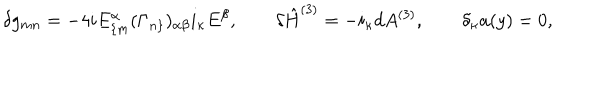
LaTeX: \delta g _ { m n } = - 4 i E _ { \{ m } ^ { \alpha } ( \Gamma _ { n \} } ) _ { \alpha \beta } i _ { \kappa } E ^ { \beta } , \qquad \delta \hat { H } ^ { ( 3 ) } = - i _ { \kappa } d A ^ { ( 3 ) } , \qquad \delta _ { \kappa } a ( y ) = 0 ,